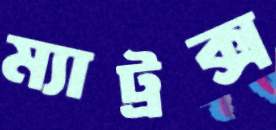
ম্যাট্রক্স